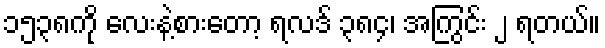
၁၅၃၈ကို လေးနဲ့စားတော့ ရလဒ် ၃၈၄၊ အကြွင်း ၂ ရတယ်။